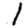
Digit: 1